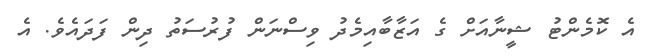
އެ ކޮމެންޓު ޝީނާއަށް ގެ އަޒާބާއިމެދު ވިސްނަަން ފުރުސަތު ދިން ފަދައެވެ. އެ